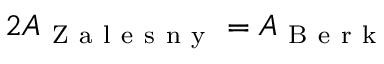
2 A _ { \mathrm { ~ Z ~ a ~ l ~ e ~ s ~ n ~ y ~ } } = A _ { \mathrm { ~ B ~ e ~ r ~ k ~ } }